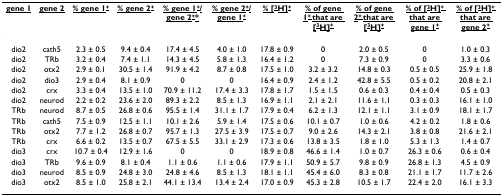
<table><thead><tr><td><b><underline>gene 1</underline></b></td><td><b><underline>gene 2</underline></b></td><td><b><underline>% gene 1<sup>+</sup></underline></b></td><td><b><underline>% gene 2<sup>+</sup></underline></b></td><td><b><underline>% gene 1<sup>+</sup>/gene 2<sup>+</sup>*</underline></b></td><td><b><underline>% gene 2<sup>+</sup>/gene 1<sup>+</sup></underline></b></td><td><b><underline>% [<sup>3</sup>H]<sup>+</sup></underline></b></td><td><b><underline>% of gene 1<sup>+ </sup>that are [<sup>3</sup>H]<sup>+</sup></underline></b></td><td><b><underline>% of gene 2<sup>+ </sup>that are [<sup>3</sup>H]<sup>+</sup></underline></b></td><td><b><underline>% of [<sup>3</sup>H]<sup>+ </sup>that are gene 1<sup>+</sup></underline></b></td><td><b><underline>% of [<sup>3</sup>H]<sup>+ </sup>that are gene 2<sup>+</sup></underline></b></td></tr></thead><tbody><tr><td>dio2</td><td>cath5</td><td>2.3 ± 0.5</td><td>9.4 ± 0.4</td><td>17.4 ± 4.5</td><td>4.0 ± 1.0</td><td>17.8 ± 0.9</td><td>0</td><td>2.0 ± 0.5</td><td>0</td><td>1.0 ± 0.3</td></tr><tr><td>dio2</td><td>TRb</td><td>3.2 ± 0.4</td><td>7.4 ± 1.1</td><td>14.3 ± 4.5</td><td>5.8 ± 1.3</td><td>16.4 ± 1.2</td><td>0</td><td>7.3 ± 0.9</td><td>0</td><td>3.3 ± 0.6</td></tr><tr><td>dio2</td><td>otx2</td><td>2.9 ± 0.1</td><td>30.5 ± 1.4</td><td>91.9 ± 4.2</td><td>8.7 ± 0.8</td><td>17.5 ± 1.0</td><td>3.2 ± 3.2</td><td>14.8 ± 0.3</td><td>0.5 ± 0.5</td><td>25.9 ± 1.8</td></tr><tr><td>dio2</td><td>dio3</td><td>2.9 ± 0.4</td><td>8.1 ± 0.9</td><td>0</td><td>0</td><td>16.4 ± 0.9</td><td>2.4 ± 1.2</td><td>42.8 ± 5.5</td><td>0.5 ± 0.2</td><td>20.8 ± 2.1</td></tr><tr><td>dio2</td><td>crx</td><td>3.3 ± 0.4</td><td>13.5 ± 1.0</td><td>70.9 ± 11.2</td><td>17.4 ± 3.3</td><td>17.8 ± 1.7</td><td>1.5 ± 1.5</td><td>0.6 ± 0.3</td><td>0.4 ± 0.4</td><td>0.5 ± 0.3</td></tr><tr><td>dio2</td><td>neurod</td><td>2.2 ± 0.2</td><td>23.6 ± 2.0</td><td>89.3 ± 2.2</td><td>8.5 ± 1.3</td><td>16.9 ± 1.1</td><td>2.1 ± 2.1</td><td>11.6 ± 1.1</td><td>0.3 ± 0.3</td><td>16.1 ± 1.0</td></tr><tr><td>TRb</td><td>neurod</td><td>8.7 ± 0.5</td><td>26.8 ± 0.6</td><td>95.5 ± 1.4</td><td>31.1 ± 1.7</td><td>17.9 ± 0.4</td><td>6.2 ± 1.3</td><td>12.1 ± 1.1</td><td>3.1 ± 0.9</td><td>18.1 ± 1.7</td></tr><tr><td>TRb</td><td>cath5</td><td>7.5 ± 0.9</td><td>12.5 ± 1.1</td><td>10.1 ± 2.6</td><td>5.9 ± 1.4</td><td>17.5 ± 0.6</td><td>10.1 ± 0.7</td><td>1.0 ± 0.6</td><td>4.2 ± 0.2</td><td>1.8 ± 0.6</td></tr><tr><td>TRb</td><td>otx2</td><td>7.7 ± 1.2</td><td>26.8 ± 0.7</td><td>95.7 ± 1.3</td><td>27.5 ± 3.9</td><td>17.5 ± 0.7</td><td>9.0 ± 2.6</td><td>14.3 ± 2.1</td><td>3.8 ± 0.8</td><td>21.6 ± 2.1</td></tr><tr><td>TRb</td><td>crx</td><td>6.6 ± 0.2</td><td>13.5 ± 0.7</td><td>67.5 ± 5.5</td><td>33.1 ± 2.9</td><td>17.3 ± 0.6</td><td>13.8 ± 3.5</td><td>1.8 ± 1.0</td><td>5.3 ± 1.3</td><td>1.4 ± 0.7</td></tr><tr><td>dio3</td><td>crx</td><td>10.7 ± 0.4</td><td>12.9 ± 1.6</td><td>0</td><td>0</td><td>18.9 ± 0.8</td><td>46.6 ± 1.4</td><td>1.0 ± 0.7</td><td>26.3 ± 0.6</td><td>0.6 ± 0.4</td></tr><tr><td>dio3</td><td>TRb</td><td>9.6 ± 0.9</td><td>8.1 ± 0.4</td><td>1.1 ± 0.6</td><td>1.1 ± 0.6</td><td>17.9 ± 1.1</td><td>50.9 ± 5.7</td><td>9.8 ± 0.9</td><td>26.8 ± 1.3</td><td>4.5 ± 0.9</td></tr><tr><td>dio3</td><td>neurod</td><td>8.5 ± 0.9</td><td>24.8 ± 3.0</td><td>24.8 ± 4.6</td><td>8.5 ± 1.3</td><td>18.1 ± 1.1</td><td>45.4 ± 6.0</td><td>8.3 ± 0.8</td><td>21.1 ± 1.7</td><td>11.7 ± 2.6</td></tr><tr><td>dio3</td><td>otx2</td><td>8.5 ± 1.0</td><td>25.8 ± 2.1</td><td>44.1 ± 13.4</td><td>13.4 ± 2.4</td><td>17.0 ± 0.9</td><td>45.3 ± 2.8</td><td>10.5 ± 1.7</td><td>22.4 ± 2.0</td><td>16.1 ± 3.3</td></tr></tbody></table>